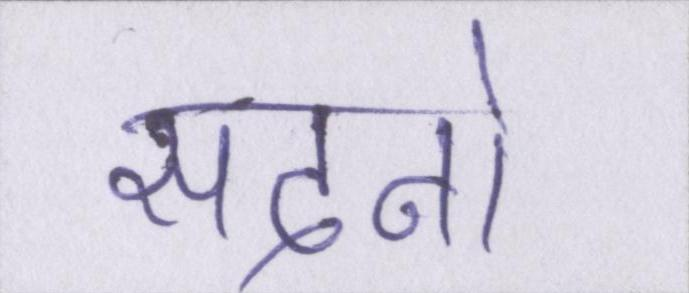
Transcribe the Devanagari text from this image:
सदनो